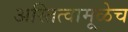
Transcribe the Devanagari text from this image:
अस्तित्वामूळेच